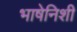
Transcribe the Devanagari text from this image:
भाषेनिशी